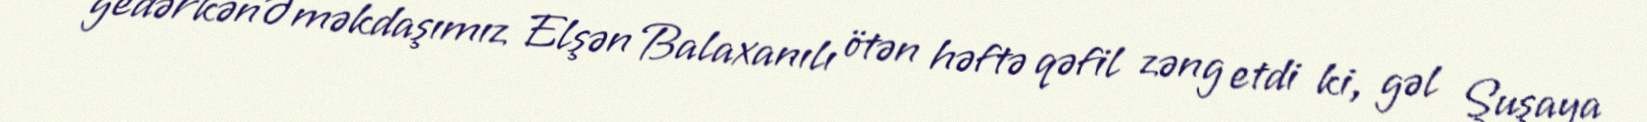
gedərkənƏməkdaşımız Elşən Balaxanılı ötən həftə qəfil zəng etdi ki, gəl Şuşaya